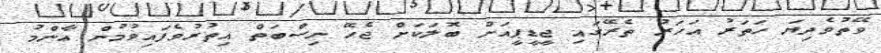
ވޭތުވެދިޔަ ހަތަރު އަހަރު ތެރޭގައި ޖީޑީޕީއަށް ބޮލަކަށް ޖެހޭ ނިސްބަތް އިތުރުވެފައިވުމުން ޢާންމު